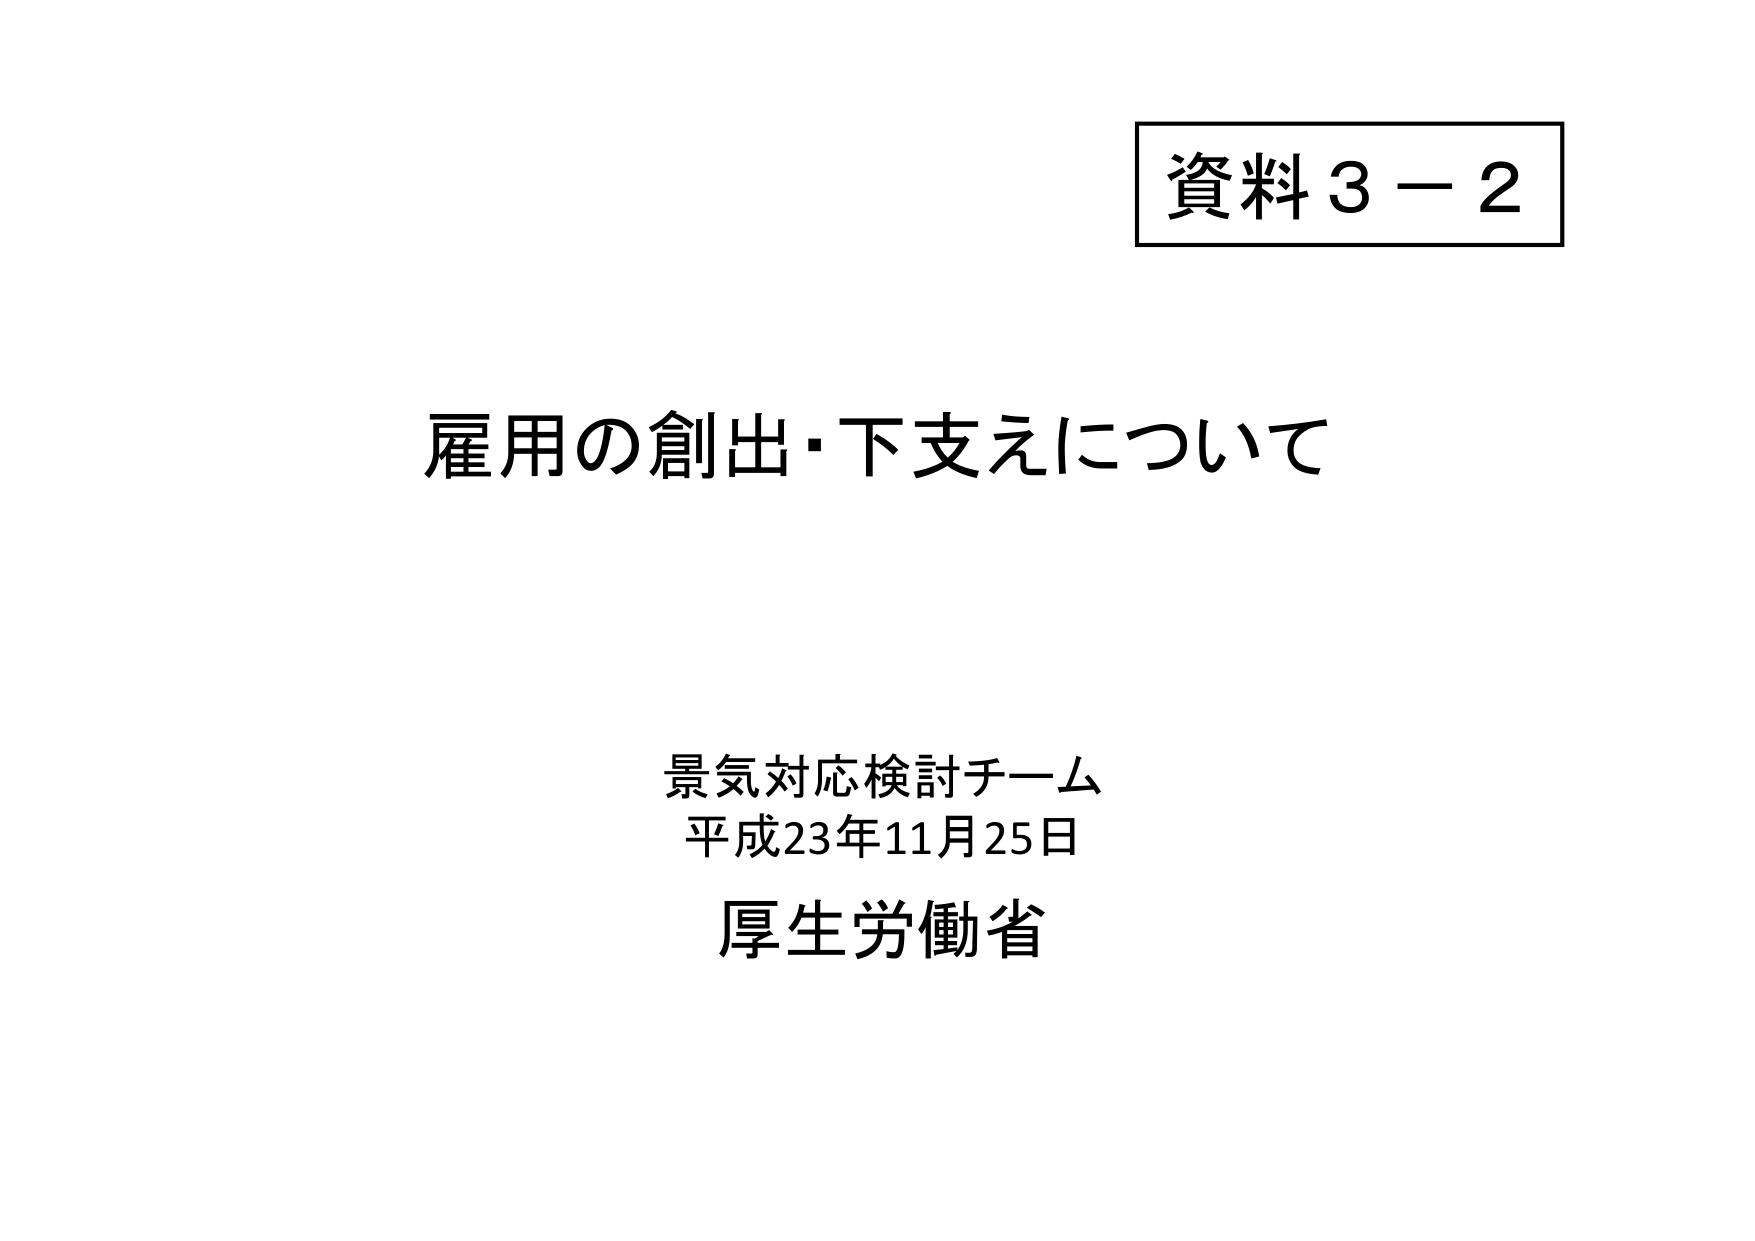
資料３－２

雇用の創出・下支えについて

景気対応検討チーム
平成23年11月25日
厚生労働省